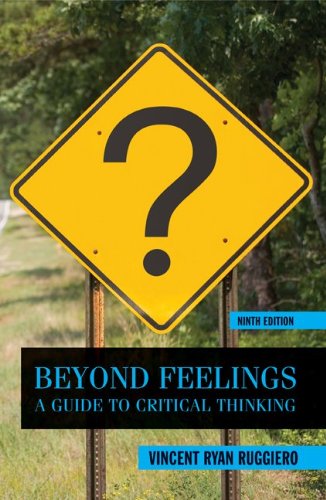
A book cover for Beyond Feelings: A Guide to Critical Thinking; Vincent Ruggiero; Test Preparation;